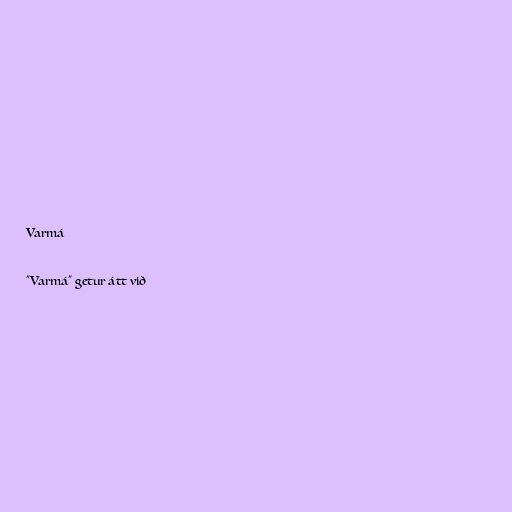
Varmá

"Varmá" getur átt við